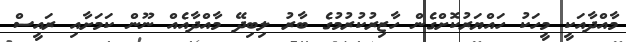
މާއްދާއަކީ މީހަކު ހައްޔަރުކޮށްގެން ހާޒިރުކުރުމުގެ ބާރު ލިބިދޭ މާއްދާއެއް ނޫން ކަމަށާއި ރައީސް